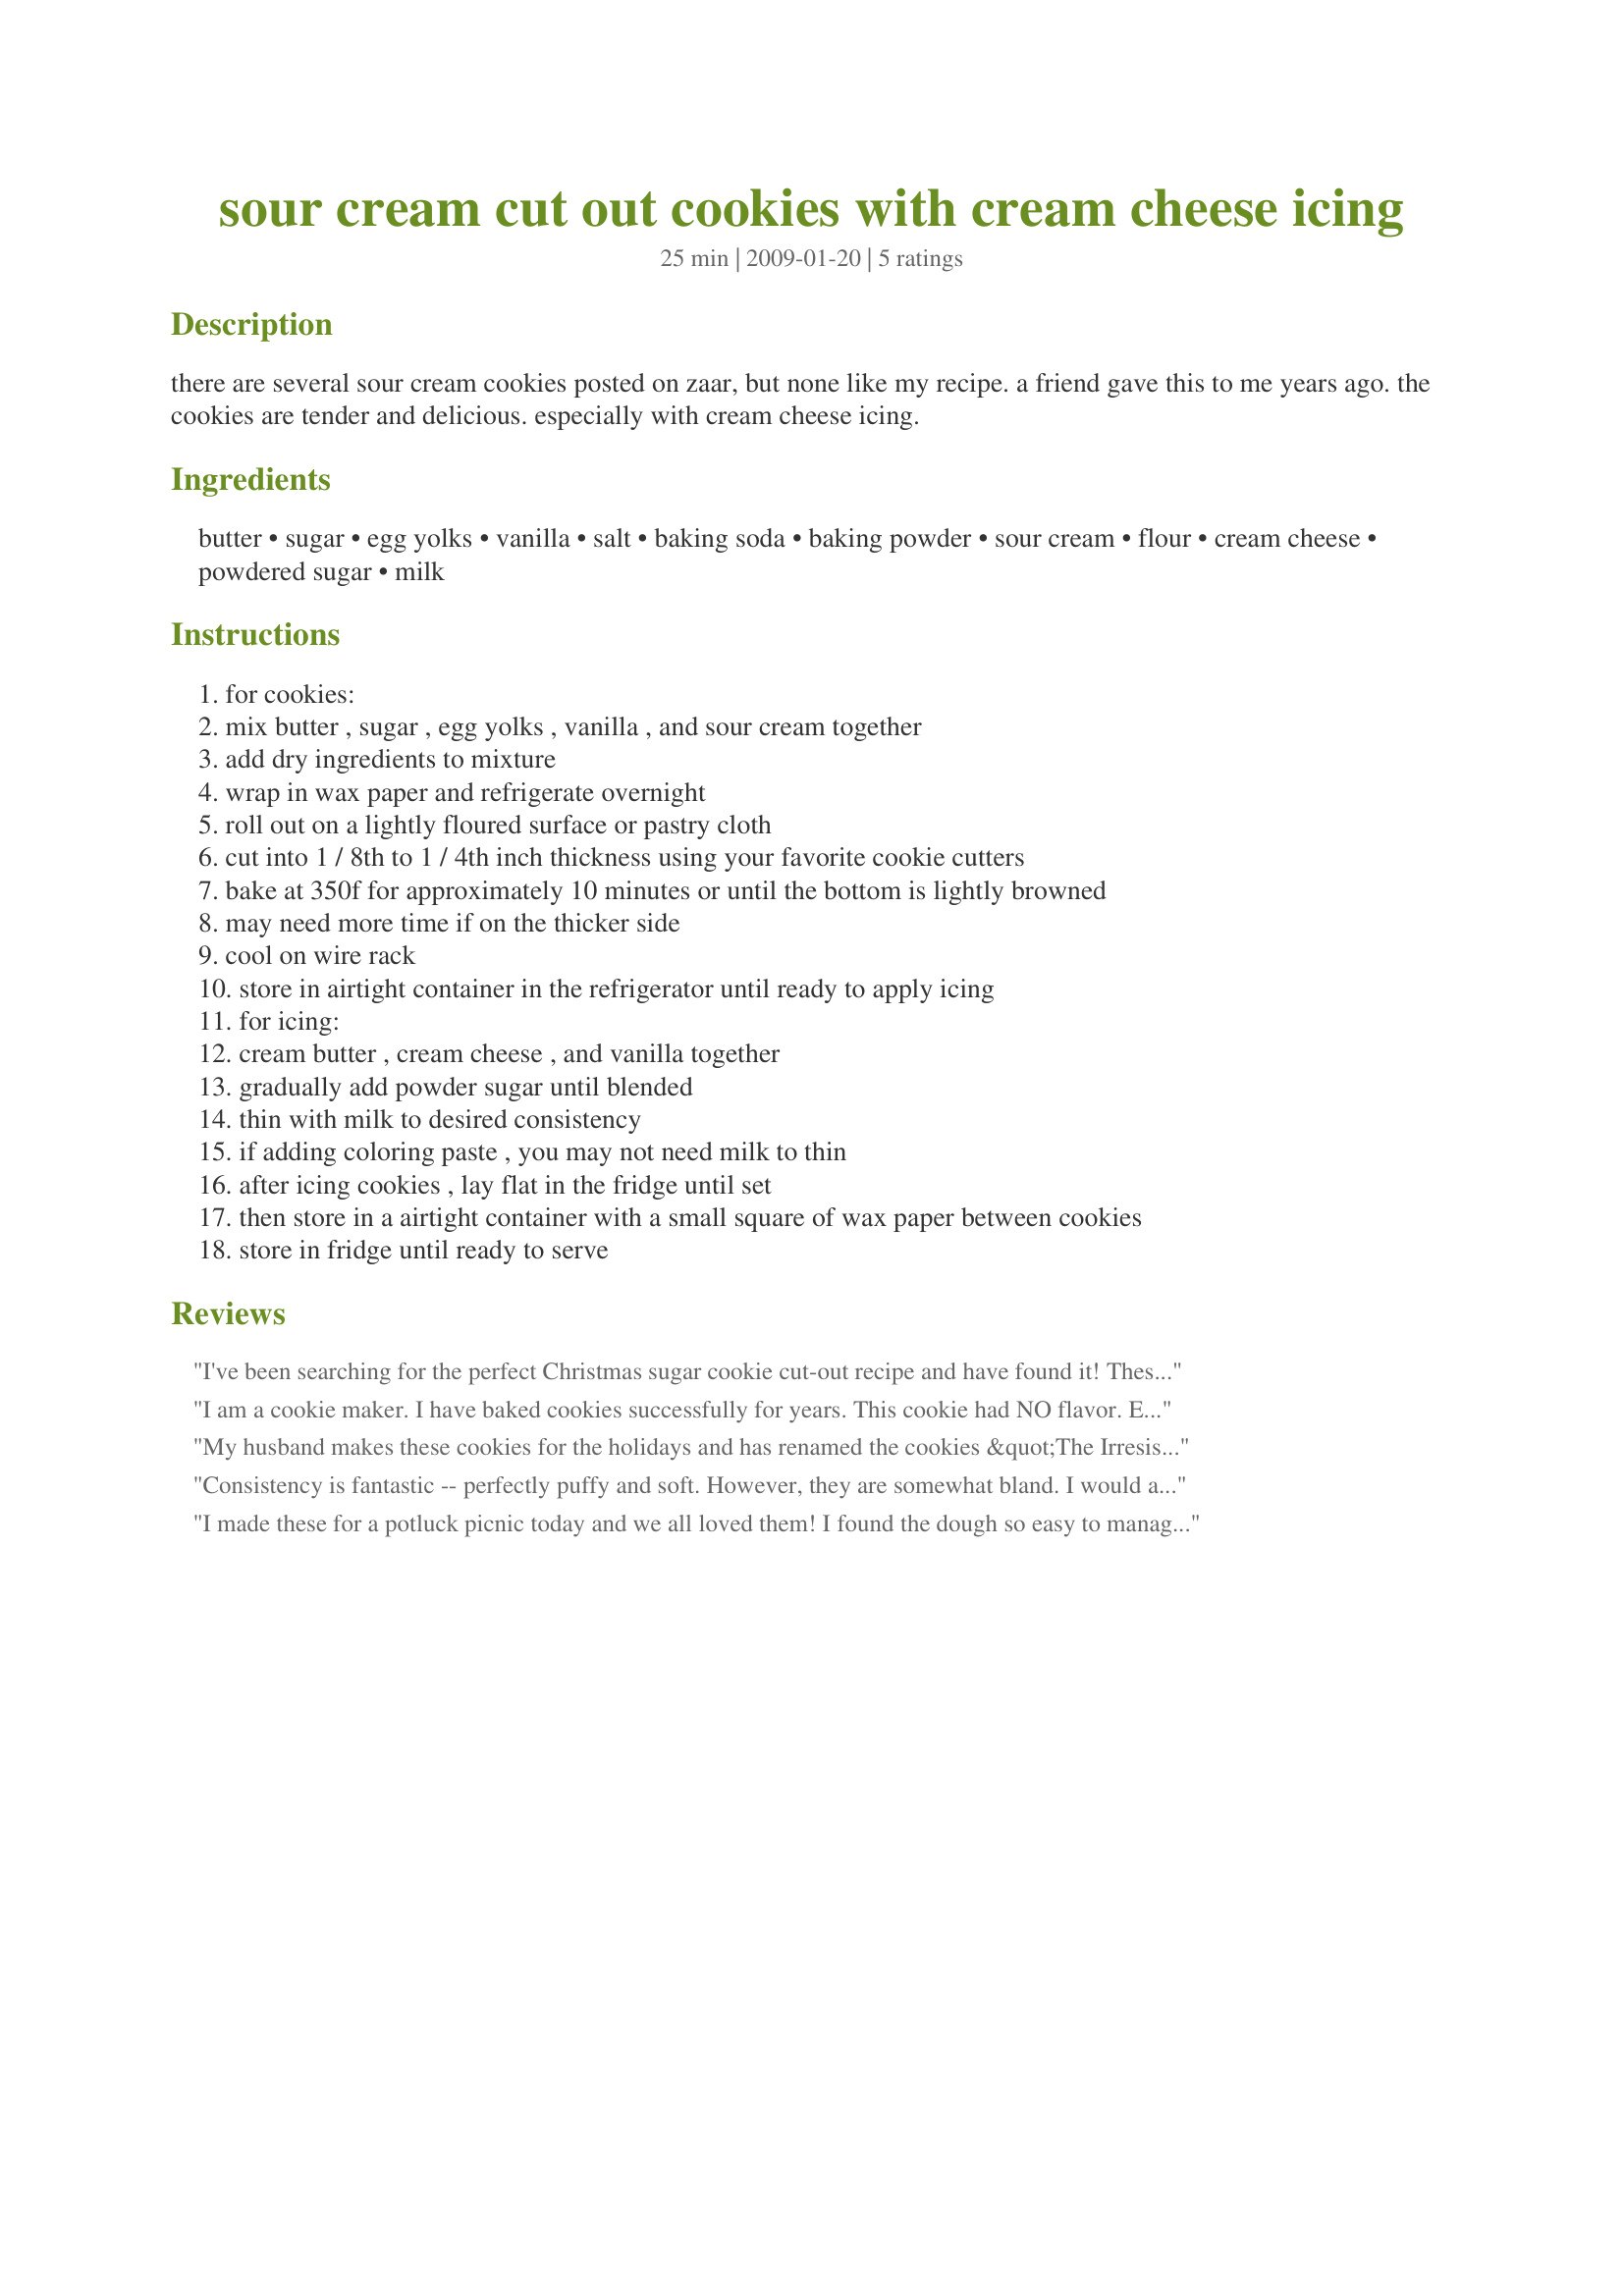
sour cream cut out cookies with cream cheese icing
Preparation time: 25 minutes

there are several sour cream cookies posted on zaar, but none like my recipe. a friend gave this to me years ago. the cookies are tender and delicious. especially with cream cheese icing.

Ingredients:
butter, sugar, egg yolks, vanilla, salt, baking soda, baking powder, sour cream, flour, cream cheese, powdered sugar, milk

Steps:
for cookies:
mix butter , sugar , egg yolks , vanilla , and sour cream together
add dry ingredients to mixture
wrap in wax paper and refrigerate overnight
roll out on a lightly floured surface or pastry cloth
cut into 1 / 8th to 1 / 4th inch thickness using your favorite cookie cutters
bake at 350f for approximately 10 minutes or until the bottom is lightly browned
may need more time if on the thicker side
cool on wire rack
store in airtight container in the refrigerator until ready to apply icing
for icing:
cream butter , cream cheese , and vanilla together
gradually add powder sugar until blended
thin with milk to desired consistency
if adding coloring paste , you may not need milk to thin
after icing cookies , lay flat in the fridge until set
then store in a airtight container with a small square of wax paper between cookies
store in fridge until ready to serve

Reviews:
I've been searching for the perfect Christmas sugar cookie cut-out recipe and have found it! These are delicious! The cream cheese icing makes them such an indulgent treat, rather than just a thoughtless sugar fix like so many sugar cookies.

My only suggestions to the recipe would be to cream the butter and sugar before adding remaining ingredients, and chill the dough already flattened somewhat, so it's easier to roll out later.
I am a cookie maker. I have baked cookies successfully for years. This cookie had NO flavor. Even my husband who eats anything said they were not great. Too much flour and not enough salt. I would not recommend it.
My husband makes these cookies for the holidays and has renamed the cookies &quot;The Irresistibles&quot;. He rolls the dough out thick (about 1/4&quot;) and they puff up and are very tender. I have to admit, they are quite good. Everyone loves them and it&#039;s hard to eat just one. Thanks for sharing your recipe, Marianne!
Consistency is fantastic -- perfectly puffy and soft. However, they are somewhat bland. I would add a drop of lemon, peppermint or almond extract next time just to give them some flavor. Maybe even add more butter? Otherwise, a perfect pleasant and crowd-pleasing Christmas cookie.
I made these for a potluck picnic today and we all loved them! I found the dough so easy to manage when rolling and cutting out the shapes (I dusted the board with powdered sugar instead of flour to prevent crumbling and that worked very nicely too) and the icing took to coloring perfectly. The cookies and icing were delicious and with a standard-size cookie cutter, I actually yielded just over 70 cookies from the recipe. Thank you tremendously! Terrific recipe!
